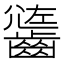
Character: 𪙄